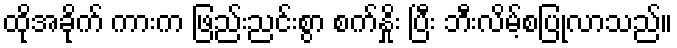
ထိုအခိုက် ကားက ဖြည်းညင်းစွာ စက်နှိုး ပြီး ဘီးလိမ့်စပြုလာသည်။